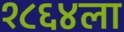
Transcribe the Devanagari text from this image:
१८६४ला